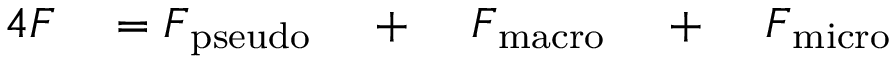
\begin{array} { r l r l r l } { { 4 } \boldsymbol { F } } & { { } = \boldsymbol { F } _ { \mathrm { p s e u d o } } } & { ~ + ~ } & { { } \boldsymbol { F } _ { \mathrm { m a c r o } } } & { ~ + ~ } & { { } \boldsymbol { F } _ { \mathrm { m i c r o } } } \end{array}